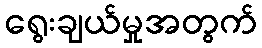
ရွေးချယ်မှုအတွက်